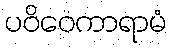
ပဝိဝေကာရာမံ